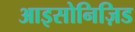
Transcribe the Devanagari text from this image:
आइसोनिज़िड